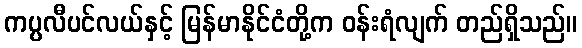
ကပ္ပလီပင်လယ်နှင့် မြန်မာနိုင်ငံတို့က ဝန်းရံလျက် တည်ရှိသည်။